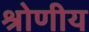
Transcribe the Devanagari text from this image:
श्रोणीय